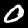
Label: 0